Medical and sanitary report of the native army of Madras for the year
Year: 1877
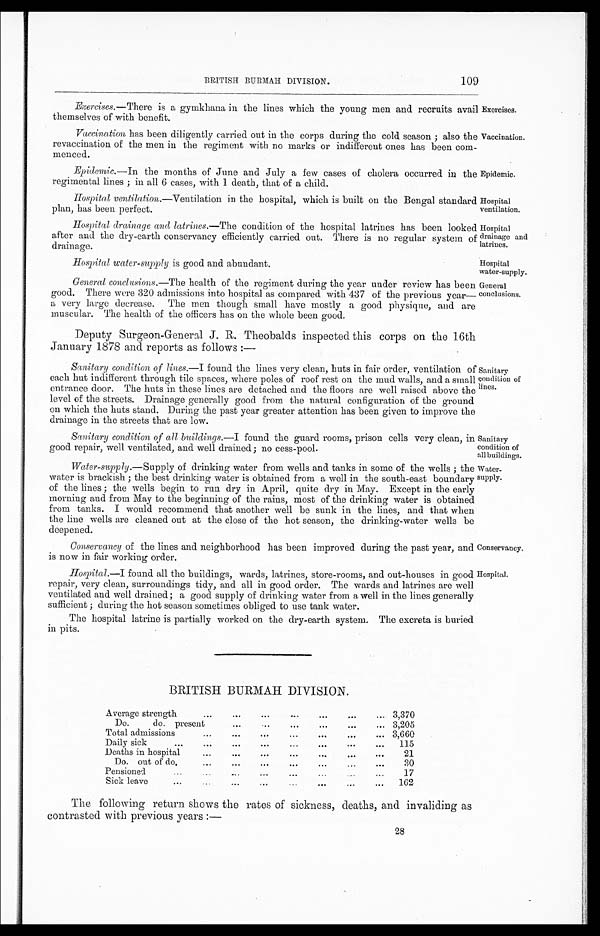
Exercises.
Vaccination.
Epidemic
Hospital
ventilation.
Hospital
drainage and
latrines.
Hospital water-supply is good and abundant.
Hospital
water-supply.
Sanitary
condition of
all buildings.
Water-
supply.
Conservancy.
Hospital.
BRITISH BURMAH DIVISION.
109
Exercises.—There is a gymkhana in the lines which the young men and recruits avail
themselves of with benefit.
Vaccination has been diligently carried out in the corps during the cold season ; also the
revaccination of the men in the regiment with no marks or indifferent ones has been com-
menced.
Epidemic.—In the months of June and July a few cases of cholera occurred in the
regimental lines ; in all 6 cases, with 1 death, that of a child.
Hospital ventilation. —Ventilation in the hospital, which is built on the Bengal standard
plan, has been perfect.
Hospital drainage and latrines. —The condition of the hospital latrines has been looked
after and the dry-earth conservancy efficiently carried out. There is no regular system of
drainage.
General conclusions. —The health of the regiment during the year under review has been
good. There were 320 admissions into hospital as compared with 437 of the previous year—
a very large decrease. The men though small have mostly a good physique, and are
muscular. The health of the officers has on the whole been good.
Deputy Surgeon-General J. R. Theobalds inspected this corps on the 16th
January 1878 and reports as follows :–
General
conclusions.
Sanitary condition of lines. —I found the lines very clean, huts in fair order, ventilation of
each hut indifferent through tile spaces, where poles of roof rest on the mud walls, and a small
entrance door. The huts in these lines are detached and the floors are well raised above the
level of the streets. Drainage generally good from the natural configuration of the ground
on which the huts stand. During the past year greater attention has been given to improve the
drainage in the streets that are low.
Sanitary
condition of
lines.
Sanitary condition of all buildings. —I found the guard rooms, prison cells very clean, in
good repair, well ventilated, and well drained ; no cess-pool.
Water-supply. —Supply of drinking water from wells and tanks in some of the wells ; the
water is brackish ; the best drinking water is obtained from a well in the south-east boundary
of the lines ; the wells begin to run dry in April, quite dry in May. Except in the early
morning and from May to the beginning of the rains, most of the drinking water is obtained
from tanks. I would recommend that another well be sunk in the lines, and that when
the line wells are cleaned out at the close of the hot season, the drinking-water wells be
deepened.
Conservancy of the lines and neighborhood has been improved during the past year, and
is now in fair working order.
Hospital. —I found all the buildings, wards, latrines, store-rooms, and out-houses in good
repair, very clean, surroundings tidy, and all in good order. The wards and latrines are well
ventilated and well drained a good supply of drinking water from a well in the lines generally
sufficient ; during the hot season sometimes obliged to use tank water.
The hospital latrine is partially worked on the dry-earth system. The excreta is buried
in pits.
BRITISH BURMAH DIVISION.
Average strength
...
...
...
...
. . .
...
... 3,370
Do. do. present
...
...
...
. . .
. . .
. . . 3, 205
Total admissions
...
...
...
...
. . .
. . .
. . . 3,660
Daily sick
...
...
...
...
...
. . . ...
... 115
Deaths in hospital
...
...
...
...
. . .
...
. . .
21
Do. out of do.
... ...
...
. . .
. . .
. . .
...
30
Pensioned
. . .
. . .
. . .
. . .
. . .
...
17
Sick leave
..
. . . . . .
. . . . . .
. . . ... 162
The following return shows the rates of sickness, deaths, and invaliding as
contrasted with previous years :—
28